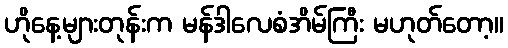
ဟိုနေ့များတုန်းက မန်ဒါလေစံအိမ်ကြီး မဟုတ်တော့။